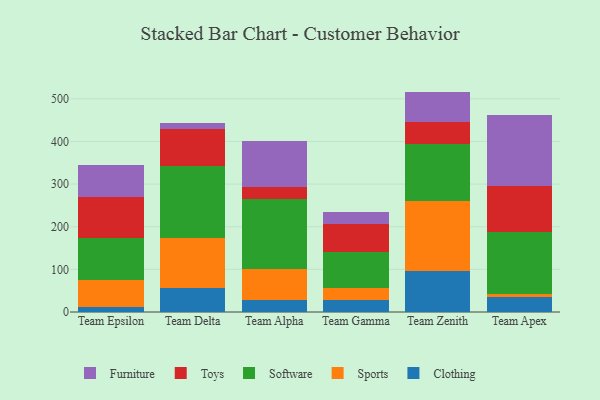
{"axis": {"x": "Team", "y": "Customer Acquisition Cost (USD)"}, "legend": ["Clothing", "Furniture", "Software", "Sports", "Toys"], "data": [{"x": "Team Epsilon", "y": 11.9, "type": "Clothing"}, {"x": "Team Epsilon", "y": 63.2, "type": "Sports"}, {"x": "Team Epsilon", "y": 98.8, "type": "Software"}, {"x": "Team Epsilon", "y": 96.6, "type": "Toys"}, {"x": "Team Epsilon", "y": 73.7, "type": "Furniture"}, {"x": "Team Delta", "y": 55.3, "type": "Clothing"}, {"x": "Team Delta", "y": 117.4, "type": "Sports"}, {"x": "Team Delta", "y": 168.6, "type": "Software"}, {"x": "Team Delta", "y": 87.9, "type": "Toys"}, {"x": "Team Delta", "y": 13.8, "type": "Furniture"}, {"x": "Team Alpha", "y": 27.2, "type": "Clothing"}, {"x": "Team Alpha", "y": 74.5, "type": "Sports"}, {"x": "Team Alpha", "y": 163.6, "type": "Software"}, {"x": "Team Alpha", "y": 28.7, "type": "Toys"}, {"x": "Team Alpha", "y": 106.2, "type": "Furniture"}, {"x": "Team Gamma", "y": 28.9, "type": "Clothing"}, {"x": "Team Gamma", "y": 28.4, "type": "Sports"}, {"x": "Team Gamma", "y": 83.2, "type": "Software"}, {"x": "Team Gamma", "y": 65.1, "type": "Toys"}, {"x": "Team Gamma", "y": 29.7, "type": "Furniture"}, {"x": "Team Zenith", "y": 96.2, "type": "Clothing"}, {"x": "Team Zenith", "y": 165.1, "type": "Sports"}, {"x": "Team Zenith", "y": 133.5, "type": "Software"}, {"x": "Team Zenith", "y": 50.2, "type": "Toys"}, {"x": "Team Zenith", "y": 71.9, "type": "Furniture"}, {"x": "Team Apex", "y": 34.5, "type": "Clothing"}, {"x": "Team Apex", "y": 7.3, "type": "Sports"}, {"x": "Team Apex", "y": 146.3, "type": "Software"}, {"x": "Team Apex", "y": 106.5, "type": "Toys"}, {"x": "Team Apex", "y": 166.5, "type": "Furniture"}]}